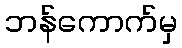
ဘန်ကောက်မှ